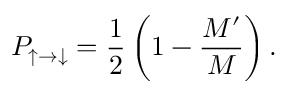
P _ { \uparrow \to \downarrow } = \frac { 1 } { 2 } \left( 1 - \frac { M ^ { \prime } } { M } \right) .